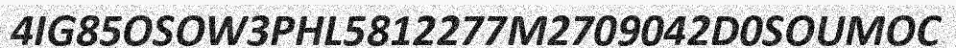
4IG85OSOW3PHL5812277M2709042D0SOUMOC